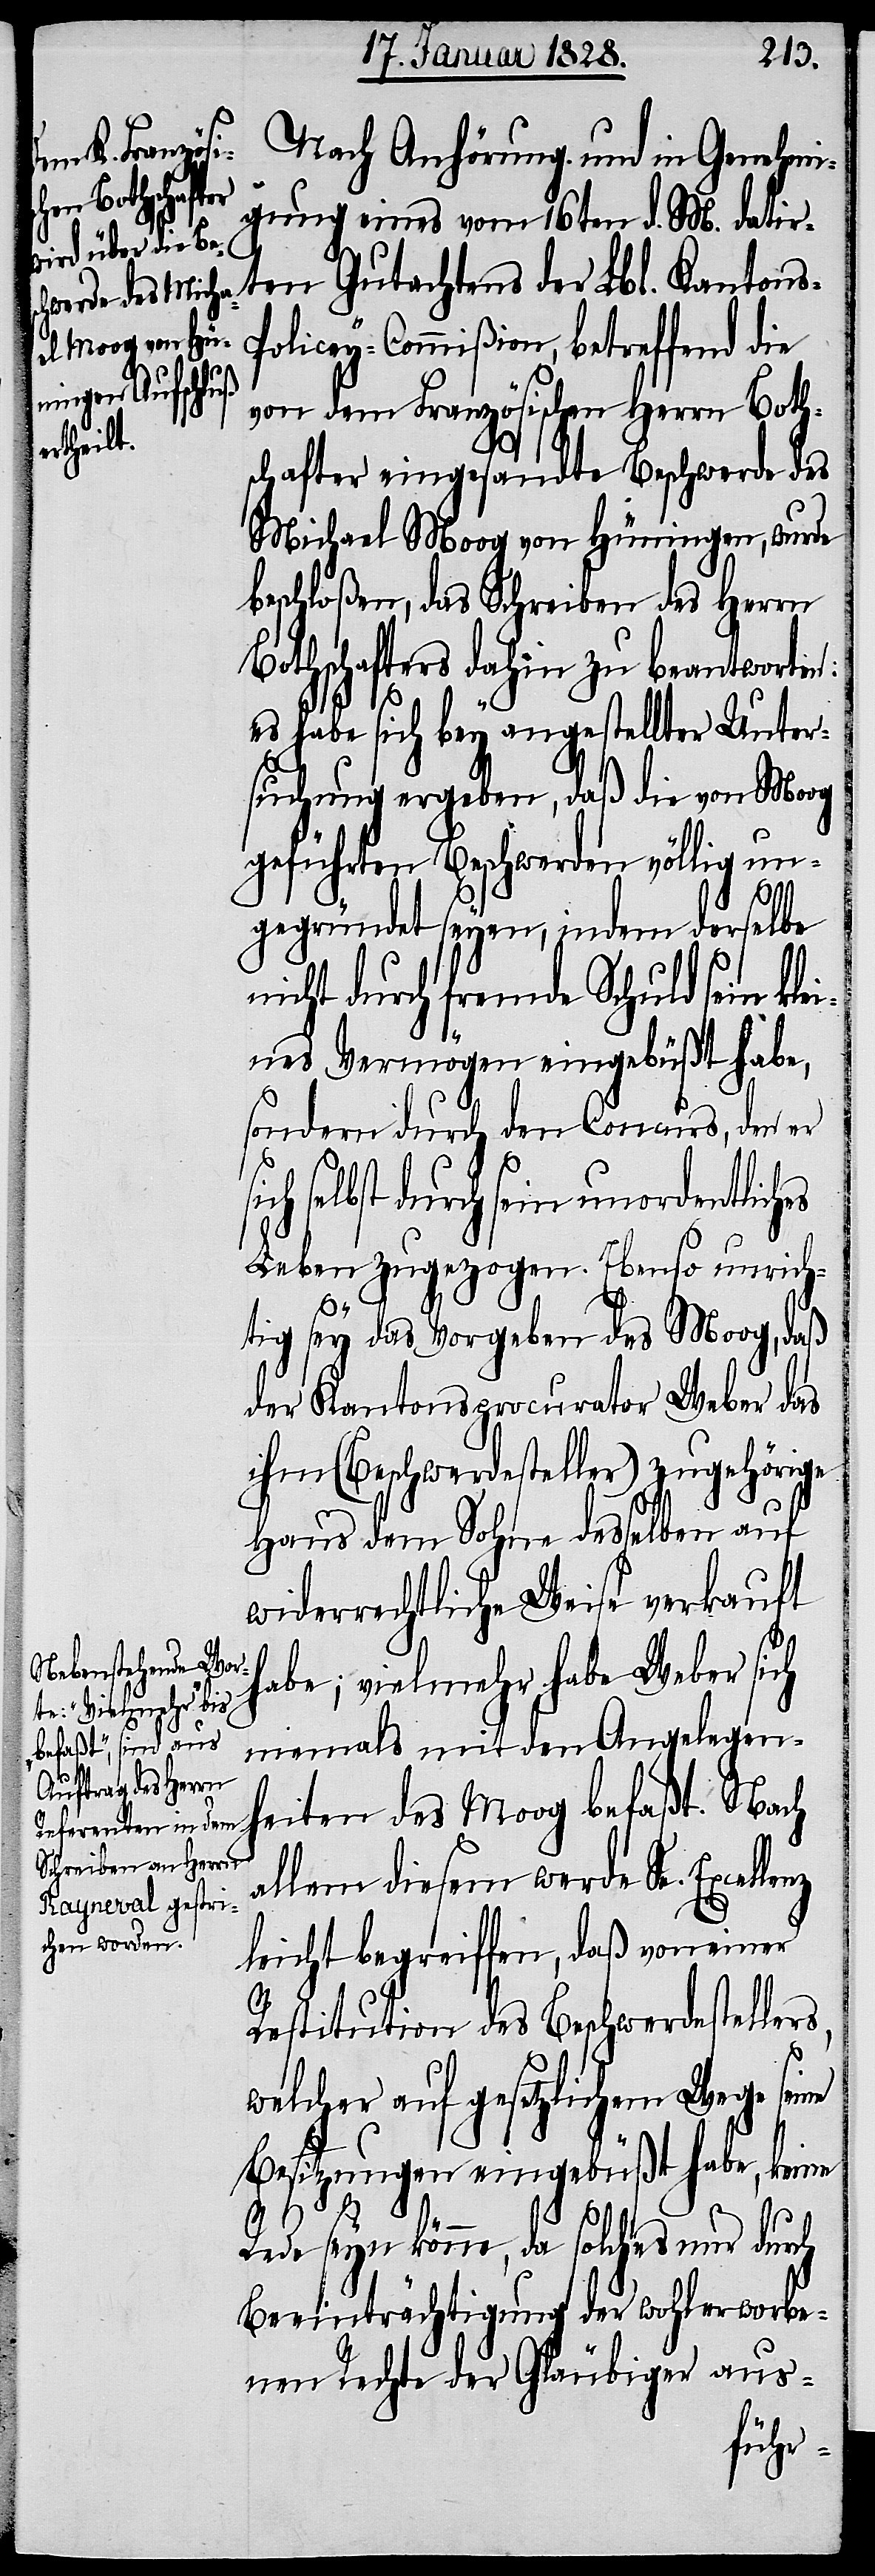
Nach Anhörung und in Genehmi¬
gung eines vom 16ten d. M. datir¬
ten Gutachtens der Lbl. Kantons-P¬
olicey-Commißion, betreffend die
von dem Französischen Herrn Both¬
schafter eingesandte Beschwerde des
Michael Moog von Hüningen, wurde
beschloßen, das Schreiben des Herrn
Botschafters dahin zu beantworten:
s,
es habe sich bey angestellter Unter¬
suchung ergeben, daß die von Moog
geführten Beschwerden völlig un¬
lenz
gegründet seyen, indem derselbe
nicht durch fremde Schuld sein kle¬
ines Vermögen eingebüßt habe,
sondern durch den Concurs, den er
s¬
ich selbst durch sein unordentliches
Leben zugezogen. Ebenso unrich¬
tig sey das Vorgeben des Moog, daß
der Kantonsprocurator Weber das
ihm (Beschwerdesteller) zugehörige
Haus dem Sohne desselben auf
widerrechtliche Weise verkauft
habe; Vielmehr habe Weber sich
niemals mit den Angelegen¬
heit des Moog befaßt. Nach
allem diesem werde Se. Excel¬
leicht begreiffen, daß von einer
Restitution des Beschwerdesteller¬
welcher auf gesetzlichem Wege seine
Besitzungen eingebüßt habe, keine
Rede seyn könne, da solches nur durch
Beeinträchtigung der wohlerworbe¬
nen Rechte der Gläubiger aus-